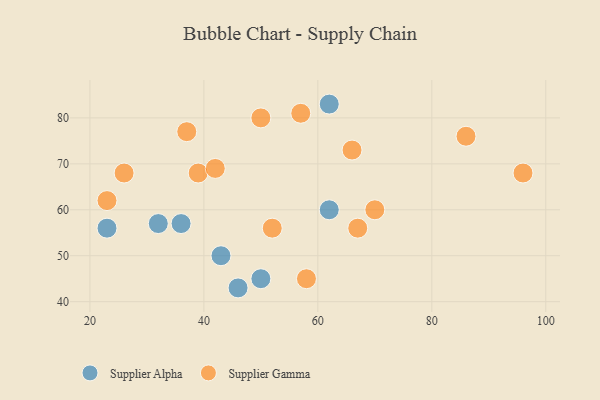
{"axis": {"x": "GDP", "y": "Life Expectancy"}, "legend": ["Supplier Alpha", "Supplier Gamma"], "data": [{"x": "46", "y": 43, "type": "Supplier Alpha"}, {"x": "62", "y": 83, "type": "Supplier Alpha"}, {"x": "23", "y": 56, "type": "Supplier Alpha"}, {"x": "50", "y": 45, "type": "Supplier Alpha"}, {"x": "43", "y": 50, "type": "Supplier Alpha"}, {"x": "36", "y": 57, "type": "Supplier Alpha"}, {"x": "32", "y": 57, "type": "Supplier Alpha"}, {"x": "62", "y": 60, "type": "Supplier Alpha"}, {"x": "39", "y": 68, "type": "Supplier Gamma"}, {"x": "42", "y": 69, "type": "Supplier Gamma"}, {"x": "52", "y": 56, "type": "Supplier Gamma"}, {"x": "58", "y": 45, "type": "Supplier Gamma"}, {"x": "50", "y": 80, "type": "Supplier Gamma"}, {"x": "37", "y": 77, "type": "Supplier Gamma"}, {"x": "23", "y": 62, "type": "Supplier Gamma"}, {"x": "96", "y": 68, "type": "Supplier Gamma"}, {"x": "66", "y": 73, "type": "Supplier Gamma"}, {"x": "86", "y": 76, "type": "Supplier Gamma"}, {"x": "70", "y": 60, "type": "Supplier Gamma"}, {"x": "57", "y": 81, "type": "Supplier Gamma"}, {"x": "26", "y": 68, "type": "Supplier Gamma"}, {"x": "67", "y": 56, "type": "Supplier Gamma"}]}